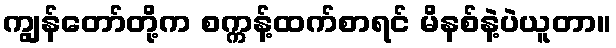
ကျွန်တော်တို့က စက္ကန့်ထက်စာရင် မိနစ်နဲ့ပဲယူတာ။